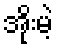
အိုးမဲ့